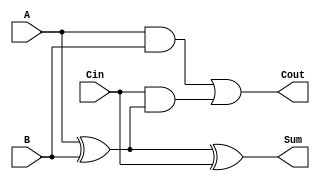
module LowPowerFullAdder (
    input wire A,      // First input bit
    input wire B,      // Second input bit
    input wire Cin,    // Carry-in bit
    output wire Sum,   // Resulting sum bit
    output wire Cout   // Carry-out bit
);

// Internal signals
wire AxorB; // Intermediate signal for A XOR B

// Compute Sum = A  B  Cin
assign AxorB = A ^ B;      // First XOR
assign Sum = AxorB ^ Cin;  // Second XOR

// Compute Cout = (A AND B) OR (Cin AND (A  B))
assign Cout = (A & B) | (Cin & AxorB);

endmodule